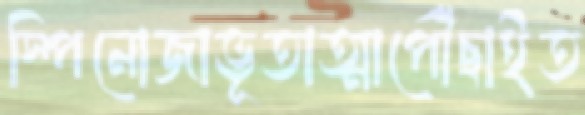
স্পিনোজাভূতাত্মাপৌঁছাইত